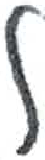
אות: ל